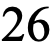
26